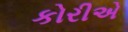
કોરીએ